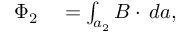
\begin{array} { r l } { \Phi _ { 2 } } & { { } = \int _ { a _ { 2 } } B \cdot \, d a , } \end{array}